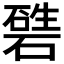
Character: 𥕙